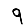
Digit: 9